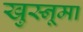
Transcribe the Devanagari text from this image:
खुस्नूमा